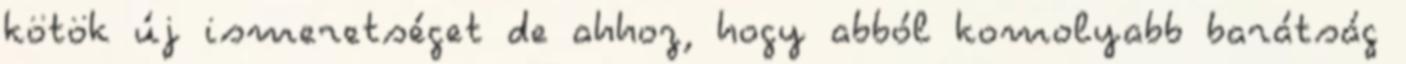
kötök új ismeretséget de ahhoz, hogy abból komolyabb barátság